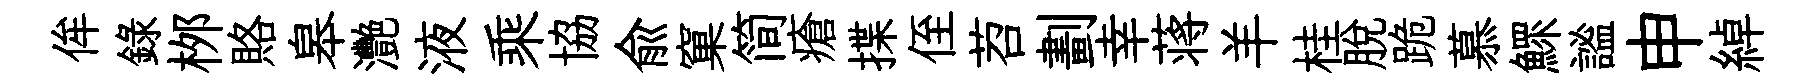
侔録桞賂皋灧液乘協兪窠简瘡揲侄苕劃幸蒋羊桂脱跪慕鰥謐申綽